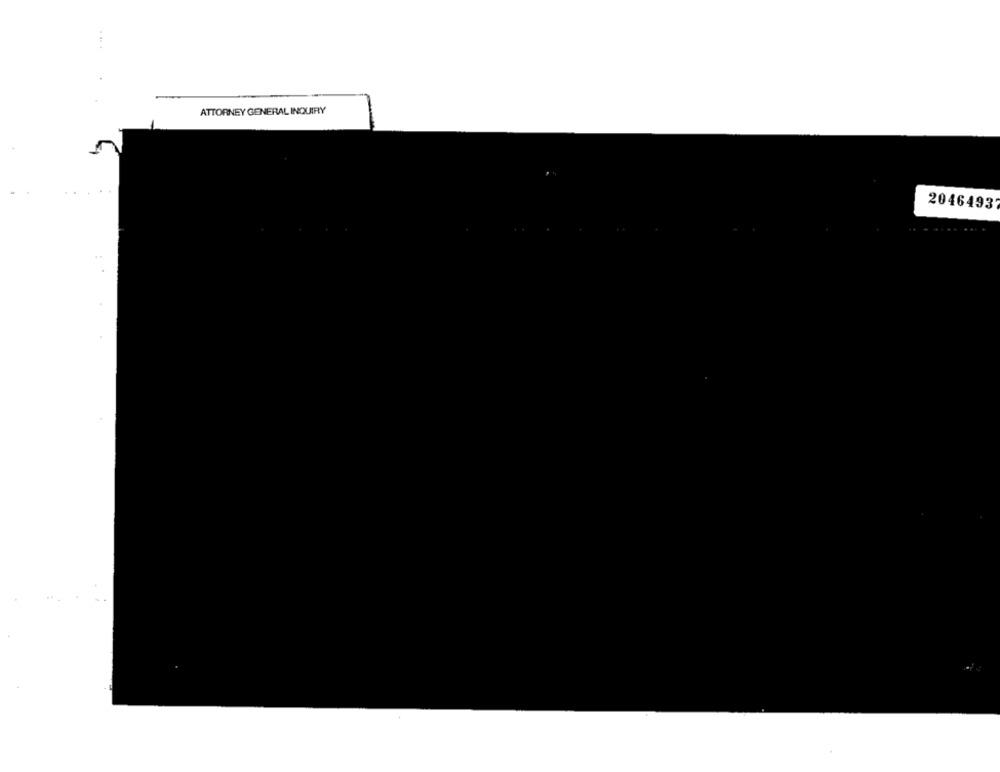
ATTORNEY GENERAL INQUIRY
2046493